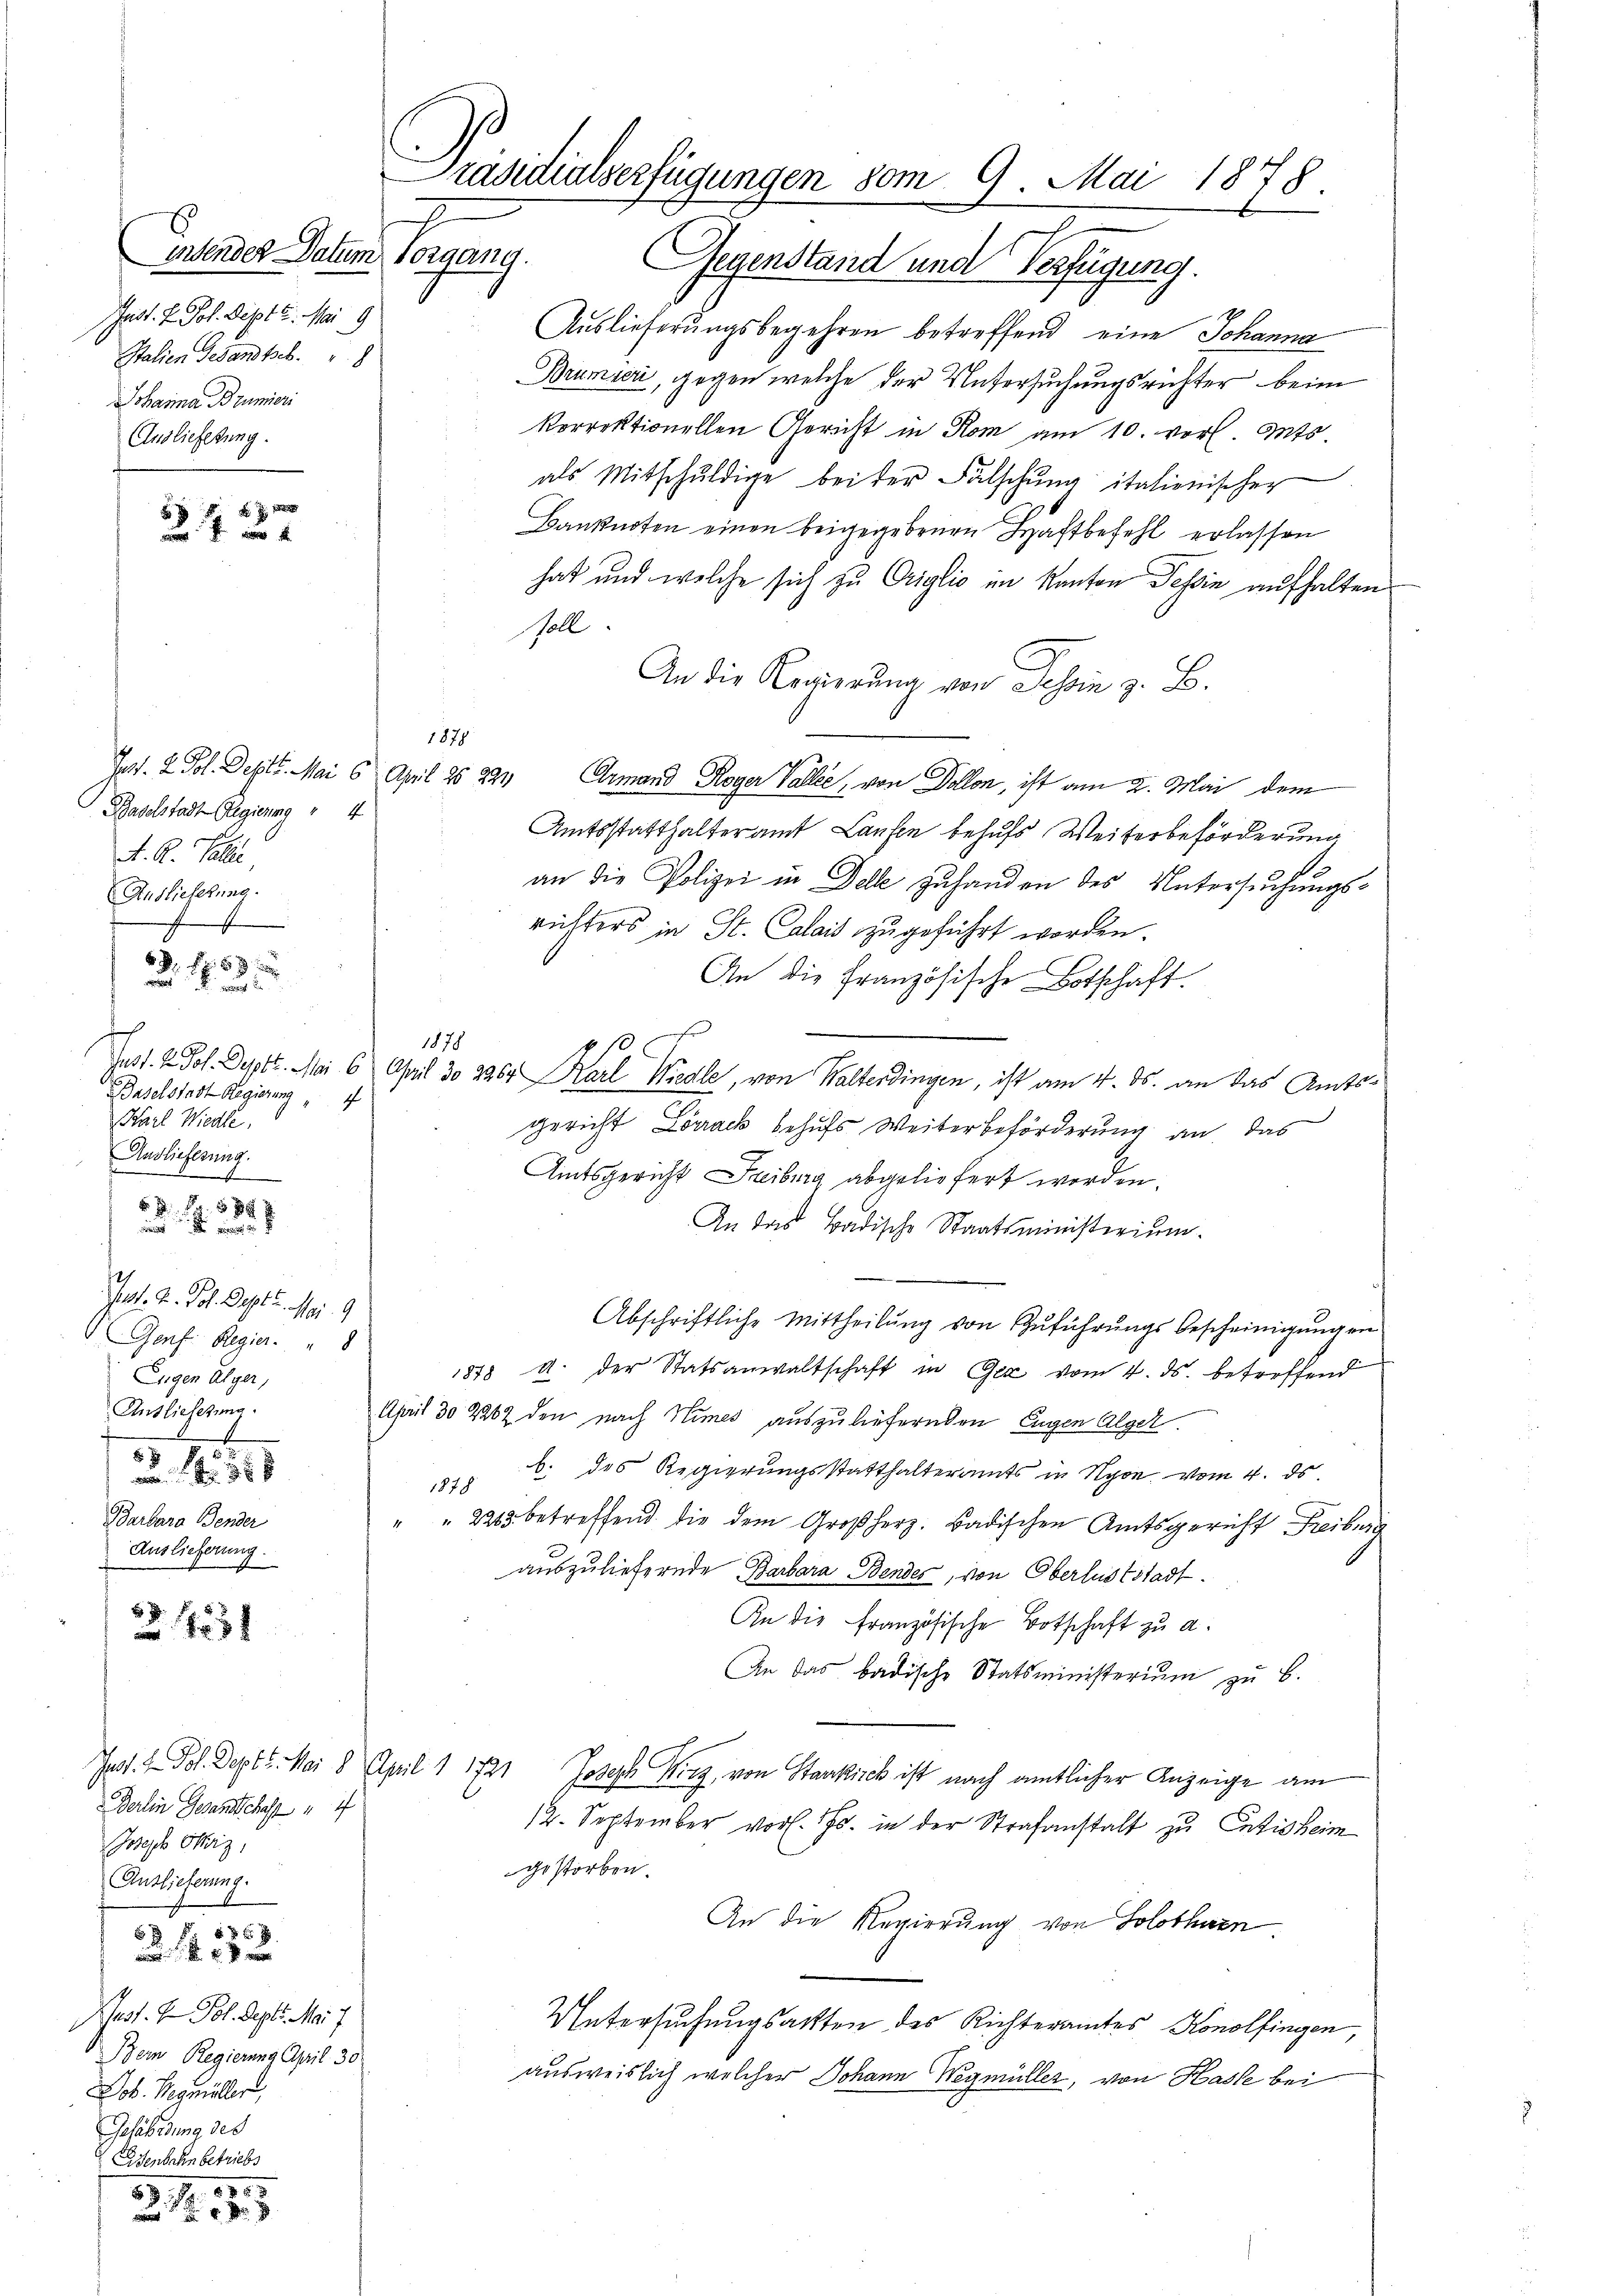
intender Datum Vorgang.
Jnst. P. Joh. Septe. Mai 9
Italien Gesandte. 8
ohanna Brumieri
Auslieferung.

a
.

Ich
Baselstadt Regierung " 4
Karl Wiedle
Auslieferung.
 48 x
un

25. 281

5
427

Baselstadt Regierung " 4
A. R. Galle
Auslieferung.

6 f 5 x

Jos. v. Joh. Sept. No. 9
Genf. Regier.  "  8
Eugen Alger,
Anslieferung.
35
3 xx
Barbara Bender
Auslieferung.

Jat. In Fol. Dept. Mai 8. April 11721
Berlin Gesandschaft 4
Joseph Chriz,
Auslieferung.
ust. In Fol. Sept. Mai 7.
Bern Regierung April 30.
Job. Begmiller
Gefährdung des
Esenbahn betriebs
1805
88. 1

3 f 35 x

Präsidialserfügungen vom 9. Mai 1878

Gegenstand und Verfügung.
Auslieferungsbegehren betreffend eine Johanna
Brumier, gegen welche der Untersuchungsrichter beim
korrektionellen Gericht in Rom am 10. vor. Mts.
als Mitschuldige beider Fälschung italienischer
Banknoten einen beigegebenen Haftbefehl erlassen
hat und welche sich zu Origlio im Kanton Tessin aufhalten
Soll
An die Regierung von Tessin z. B.
Jad. 2. Sol. Dest. Mai 6. April 25 221 Ermand Roger Vallee, von Dollon, ist am 2. Mai dem
Amtsstatthalteramt Laufen behufs Weiterbeförderung
an die Polizei in Delle zuhanden des Untersŭchŭngs-
richters in St. Calais zugeführt worden.
An die Französische Botschaft.

1878
Tust. H. Joh. Deptt. Mai 6 April 30 2267 Karl Wiedle, von Walterdingen, ist am 4. ds. an das Amtsgericht Lörrack behufs Weiterbeförderung an, das
Amtsgericht Freiburg abgeliefert worden.
An das Badische Staatsministerium
Abschriftliche Mittheilŭng von Zuführungs bescheinigungen
1878 a. der Statsanwaltschaft in Gez vom 4. ds. betreffend
April 30 2262 den nach Stimes auszuliefernden Eugen Algel.
1878 des Regierungsstatthalteramts in Nyon vom 4. ds
" " 2243 betreffend die dem Großherz. Badischen Amtsgericht Freiburg
auszuliefernde Barbara Bendes, von Oberluststadt.
An die französische Botschaft zu a.
An das badische Statsministerium zu B.
Joseph Wirz, von Staakiick ist nach amtlicher Anzeige am
12. September vor. Js. in der Strafanstalt zu Entis heim
gestorben.
An die Regierung von Solothurn
Untersuchungsakten des Richteramtes Konolfingen,
ausweislich welcher Johann Wegmüller, von Hasle bei

1878